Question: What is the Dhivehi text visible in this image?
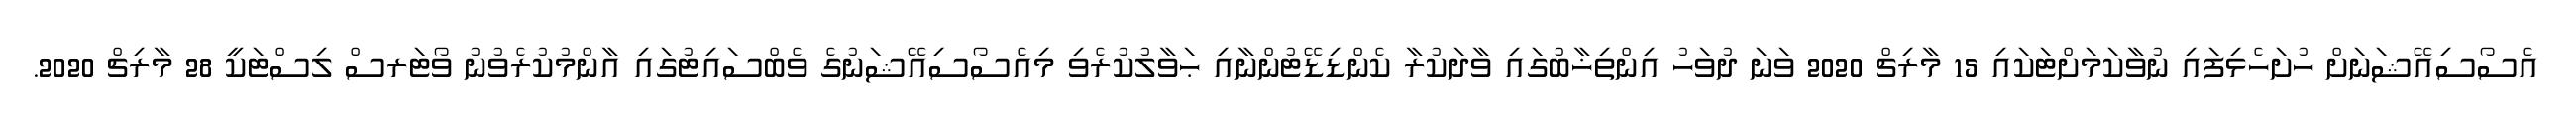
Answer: އެސޯސިއޭޝަނަށް ހުށަހެޅިފައި ނުވާކަމަށްޓަކައި 15 މާރިޗް 2020 ވަނަ ދުވަހު އިންތިޚާބުގައި ވާދަކުރާ ކެންޑިޑޭޓުންނާއި ޙަވާލުކުރެވި މިއެސޯސިއޭޝަނުގެ ވެބްސައިޓުގައި އާންމުކުރެވުނު ވޯޓަރސް ލިސްޓަކީ 28 މާރިޗް 2020.